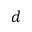
d